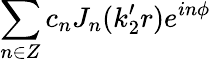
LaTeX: \sum_{n\in Z}c_{n}J_{n}(k_{2}^{\prime}r)e^{in\phi}